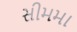
સીમમા